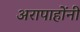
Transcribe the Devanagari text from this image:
अरापाहोंनी